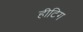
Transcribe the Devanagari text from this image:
हीटिग